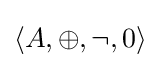
\langle A,\oplus ,\lnot ,0\rangle